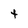
Character: t